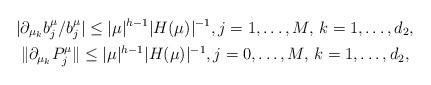
LaTeX: \begin{gather*}|\partial_{\mu_k} b_j^\mu / b_j^\mu | \leq |\mu|^{h-1} |H(\mu)|^{-1}, j=1,\dots,M, \, k=1,\dots,d_2,\\\|\partial_{\mu_k} P_j^\mu \| \leq |\mu|^{h-1} |H(\mu)|^{-1}, j=0,\dots,M, \, k=1,\dots,d_2,\end{gather*}